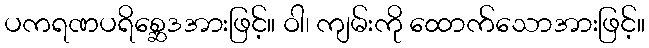
ပကရဏပရိစ္ဆေဒအားဖြင့်။ ဝါ၊ ကျမ်းကို ထောက်သောအားဖြင့်။